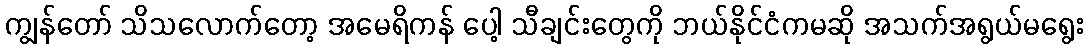
ကျွန်တော် သိသလောက်တော့ အမေရိကန် ပေါ့ သီချင်းတွေကို ဘယ်နိုင်ငံကမဆို အသက်အရွယ်မရွေး